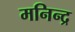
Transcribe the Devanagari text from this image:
मनिन्द्र